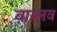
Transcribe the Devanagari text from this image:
वास्लव